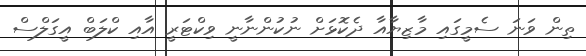
ތިން ވަނަ ސެމީގައި މާޒިޔާއާ ދެކޮޅަށް ނުކުންނާނީ ވިކްޓަރީ އާއި ކްލަބް އީގަލްސް